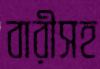
বারীসহ